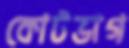
কোটভাগ